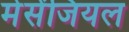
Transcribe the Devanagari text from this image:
मेसेंजियल